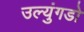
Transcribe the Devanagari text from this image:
उल्युंगडो